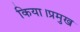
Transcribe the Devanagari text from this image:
किया।प्रमुख